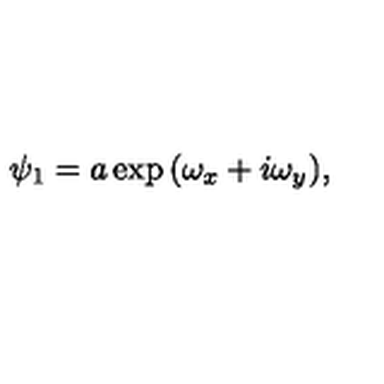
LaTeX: \psi _ { 1 } = a \exp { ( \omega _ { x } + i \omega _ { y } ) } ,